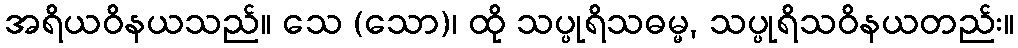
အရိယဝိနယသည်။ သေ (သော)၊ ထို သပ္ပုရိသဓမ္မ, သပ္ပုရိသဝိနယတည်း။